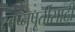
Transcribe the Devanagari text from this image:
स्वप्नपूर्तीसाठी